Scientific memoirs by medical officers of the Army of India - Part V,
Year: 1890
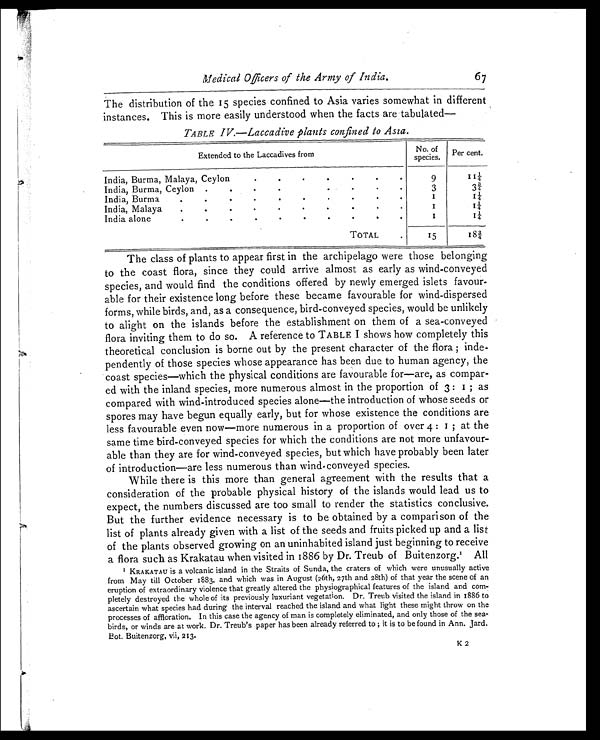
Medical Officers of the Army of India.
67
The distribution of the 15 species confined to Asia varies somewhat in different
instances. This is more easily understood when the facts are tabulated—
TABLE IV.—Laccadive plants confined to Asia.
Extended to the Laccadives from
No. of
species. Per cent.
India, Burma, Malaya, Ceylon
.
.
.
.
•
.
.
9
1 1 ¼
India, Burma, Ceylon .
.
.
.
.
.
.
.
3
3¾
India, Burma
. . . . . . . .
1
1 ¼
India, Malaya
.
. . . . . . . . .
1
1 ¼
India alone
. . . . . . . . . .
1
1 ¼
TOTAL
.
15
18¾
The class of plants to appear first in the archipelago were those belonging
to the coast flora, since they could arrive almost as early as wind-conveyed
species, and would find the conditions offered by newly emerged islets favour-
able for their existence long before these became favourable for wind-dispersed
forms, while birds, and, as a consequence, bird-conveyed species, would be unlikely
to alight on the islands before the establishment on them of a sea-conveyed
flora inviting them to do so. A reference to TABLE I shows how completely this
theoretical conclusion is borne out by the present character of the flora ; inde-
pendently of those species whose appearance has been due to human agency, the
coast species—which the physical conditions are favourable for—are, as compar-
ed with the inland species, more numerous almost in the proportion of 3 : 1 ; as
compared with wind-introduced species alone—the introduction of whose seeds or
spores may have begun equally early, but for whose existence the conditions are
less favourable even now—more numerous in a proportion of over 4 : 1 ; at the
same time bird-conveyed species for which the conditions are not more unfavour-
able than they are for wind-conveyed species, but which have probably been later
of introduction—are less numerous than wind conveyed species.
While there is this more than general agreement with the results that a
consideration of the probable physical history of the islands would lead us to
expect, the numbers discussed are too small to render the statistics conclusive.
But the further evidence necessary is to be obtained by a comparison of the
list of plants already given with a list of the seeds and fruits picked up and a list
of the plants observed growing on an uninhabited island just beginning to receive
a flora such as Krakatau when visited in 1886 by Dr. Treub of Buitenzorg. 1 A l l
1 K R A K A T A U i s a v o l c a n i c i s l a n d i n t h e S t r a i t s o f S u n d a , t h e c r a t e r s o f w h i c h w e r e u n u s u a l l y a c t i v e
from May till October 1883, and which was in August (26th, 27th and 28th) of that year the scene of an
eruption of extraordinary violence that greatly altered the physiographical features of the island and com-
pletely destroyed the whole of its previously luxuriant vegetation. Dr. Treub visited the island in 1886 to
ascertain what species had during the interval reached the island and what light these might throw on the
processes of affloration. In this case the agency of man is completely eliminated, and only, those of the sea-
birds, or winds are at work. Dr. Treub's paper has been already referred to ; it is to be found in Ann. Jard.
B o t . B u i t e n z o r g , v i i , 2 1 3 .
K2